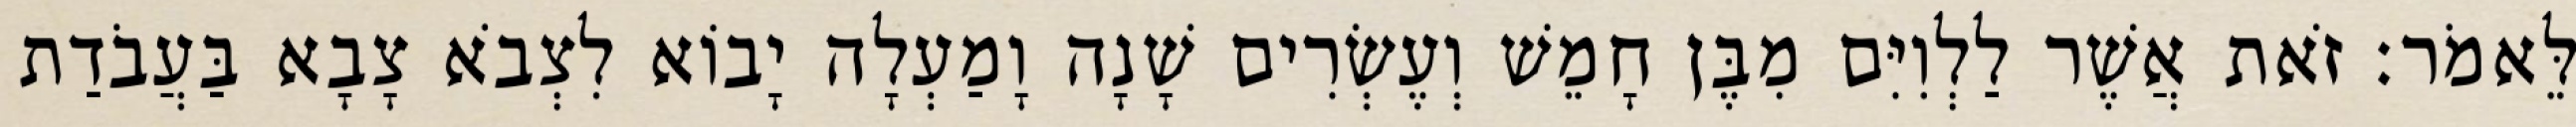
לֵּאמֹר׃ זֹאת אֲשֶׁר לַלְוִיִּם מִבֶּן חָמֵשׁ וְעֶשְׂרִים שָׁנָה וָמַעְלָה יָבוֹא לִצְבֹא צָבָא בַּעֲבֹדַת